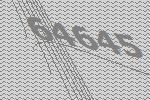
64645